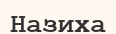
Назиха